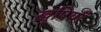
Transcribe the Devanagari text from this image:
ख़ुषियाँ